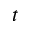
t